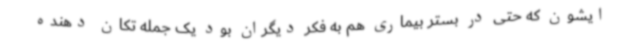
ایشون که حتی در بستر بیماری هم به فکر دیگران بود یک جمله تکان دهنده